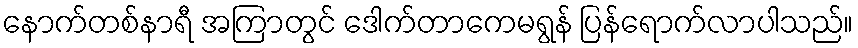
နောက်တစ်နာရီ အကြာတွင် ဒေါက်တာကေမရွန် ပြန်ရောက်လာပါသည်။